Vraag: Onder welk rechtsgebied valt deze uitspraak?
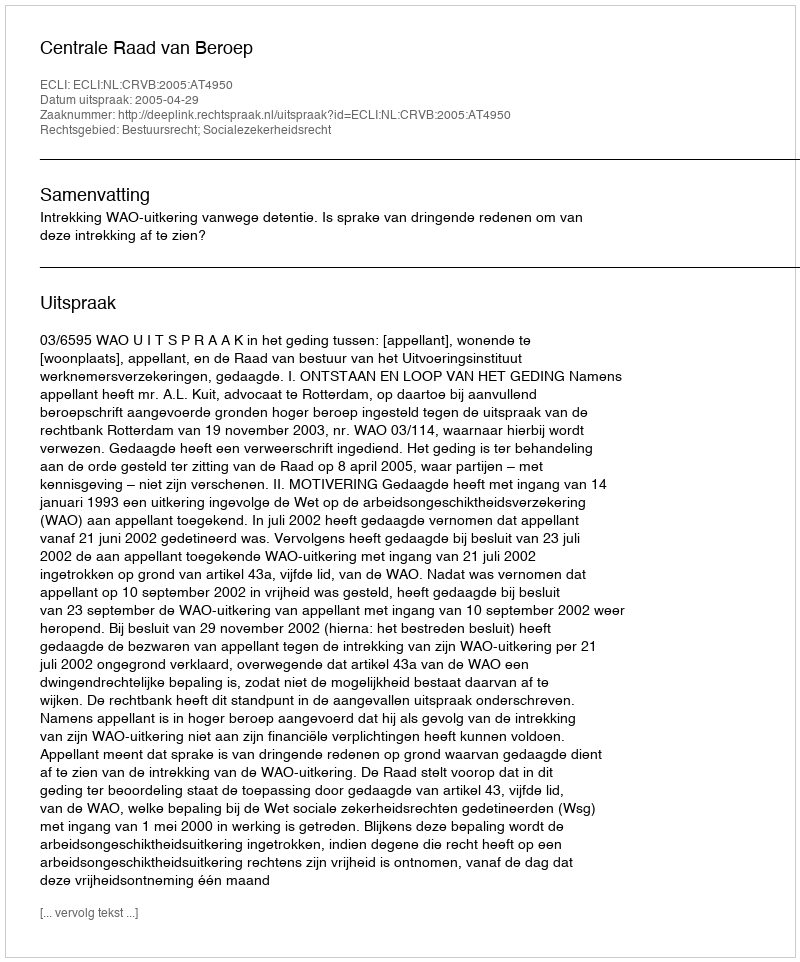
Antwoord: Bestuursrecht; Socialezekerheidsrecht